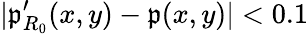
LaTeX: |\mathfrak{p}_{R_{0}}^{\prime}(x,y)-\mathfrak{p}(x,y)|<0.1